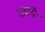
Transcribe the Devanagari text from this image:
अबदुल्